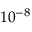
1 0 ^ { - 8 }